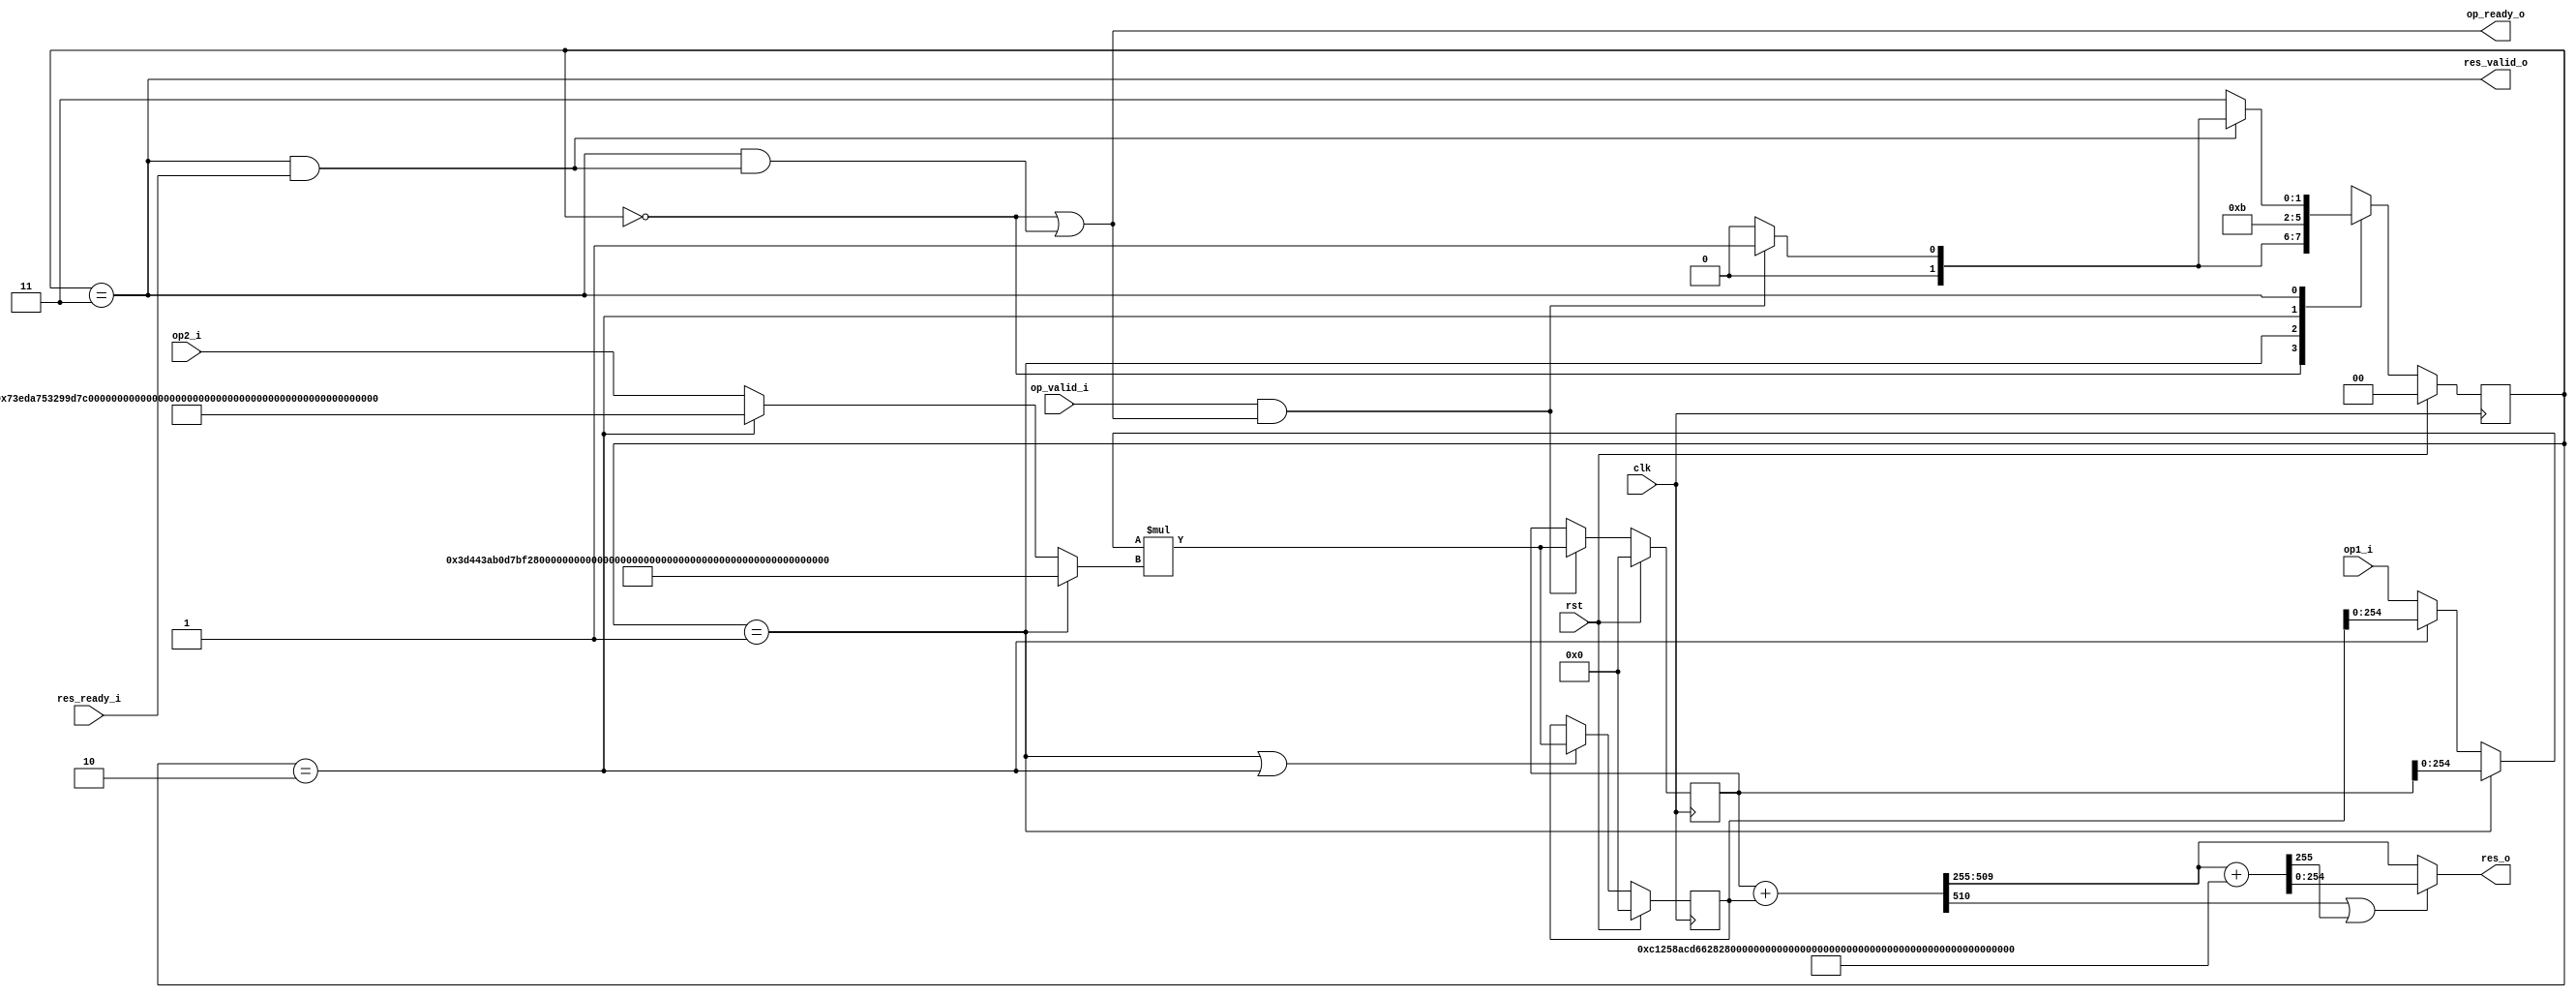

module ModMultiplier #(
    // the width of modulus
    parameter DATA_WIDTH  = 255,
    // the modulus of ModMultiplier
    parameter MODULUS = 255'h73eda753299d7d483339d80809a1d80553bda402fffe5bfeffffffff00000001,
    // the inverse of modulus (mod R)  R = exp(2,DATA_WIDTH)
    parameter M_INVERSE = 255'h3d443ab0d7bf2839181b2c170004ec0653ba5bfffffe5bfdfffffffeffffffff,
    // R = exp(2, DATA_WIDTH)  MOD_COMPENSATION = R - MODULUS
    parameter MOD_COMPENSATION = 255'hc1258acd66282b7ccc627f7f65e27faac425bfd0001a40100000000ffffffff

)(
    input wire clk,
    input wire rst,

    input  wire op_valid_i,
    output wire op_ready_o,

    input wire [DATA_WIDTH-1:0] op1_i,
    input wire [DATA_WIDTH-1:0] op2_i,

    output wire res_valid_o,
    input  wire res_ready_i,
    output wire [DATA_WIDTH-1:0] res_o
    );

    parameter IDLE = 2'b00, MUL_T = 2'b01, MUL_M = 2'b10, MUL_U = 2'b11;
    reg  [1:0] state, next_state;

    // generate next state
    wire op_handshake  = op_valid_i  && op_ready_o;
    wire res_handshake = res_valid_o && res_ready_i; 
    always @(*) begin
        case (state)
            IDLE : next_state = op_handshake ? MUL_T : IDLE;
            MUL_T: next_state = MUL_M;
            MUL_M: next_state = MUL_U;
            MUL_U: next_state = !res_handshake ? MUL_U : 
                                 op_handshake  ? MUL_T :
                                                  IDLE ;
        endcase        
    end

    // state transistion
    always @(posedge clk) begin
        if(rst) begin
            state <= IDLE;
        end
        else begin
            state <= next_state;
        end
    end

    // generate output signals
    assign op_ready_o  = (state == IDLE) || ((state == MUL_U) && res_handshake);
    assign res_valid_o = state == MUL_U;


    // DATA_WIDTH bits * DATA_WIDTH bits multiplier
    wire [DATA_WIDTH-1  :0] mul_operand1, mul_operand2;
    wire [2*DATA_WIDTH-1:0] mul_res = mul_operand1 * mul_operand2;
    reg  [2*DATA_WIDTH-1:0] op1_mul_op2 , mul_res_tmp;

    assign mul_operand1 = (state == MUL_T) ? op1_mul_op2[DATA_WIDTH-1:0] :
                          (state == MUL_M) ? mul_res_tmp[DATA_WIDTH-1:0] :
                                                                   op1_i ;
    assign mul_operand2 = (state == MUL_T) ? M_INVERSE :
                          (state == MUL_M) ? MODULUS   :
                                             op2_i     ;

    always @(posedge clk) begin
        if(rst) begin
            op1_mul_op2 <= 0;
        end
        else if(op_handshake)begin
            op1_mul_op2 <= mul_res;
        end
    end

    always @(posedge clk) begin
        if(rst) begin
            mul_res_tmp <= 0;
        end
        else if(state == MUL_T || state == MUL_M) begin
            mul_res_tmp <= mul_res;
        end
    end

    // (op1_mul_op2 + t_mul_inverse ) >> DATA_WIDTH mod MODULUS
    wire [2*DATA_WIDTH-1:0] res1;
    wire [  DATA_WIDTH-1:0] res2;
    wire carry1,carry2;
    assign {carry1 , res1} = op1_mul_op2 + mul_res_tmp;
    assign {carry2 , res2} = res1[2*DATA_WIDTH-1: DATA_WIDTH] + MOD_COMPENSATION;
    assign res_o = (carry1 || carry2) ? res2 : res1[2*DATA_WIDTH-1: DATA_WIDTH];
    
    wire [2*DATA_WIDTH:0] mediate_res = {carry1,res1};

    // Dump waves
    initial begin
        $dumpfile("dump.vcd");
        $dumpvars(1, ModMultiplier);
    end

    
endmodule